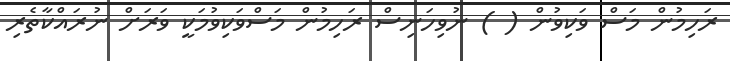
ރަހިމުން މަސް ވަކިވުން ( ) ނުވިހަނިސް ރަހިމުން މަސްވަކިވުމަކީ ވަރަށް ނުރައްކާތެރި